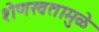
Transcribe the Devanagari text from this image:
शेणखतामुळे